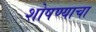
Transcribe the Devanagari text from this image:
शोषण्याचा